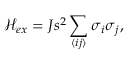
\mathcal { H } _ { e x } = J s ^ { 2 } \sum _ { \langle i j \rangle } \boldsymbol { \sigma } _ { i } \boldsymbol { \sigma } _ { j } ,